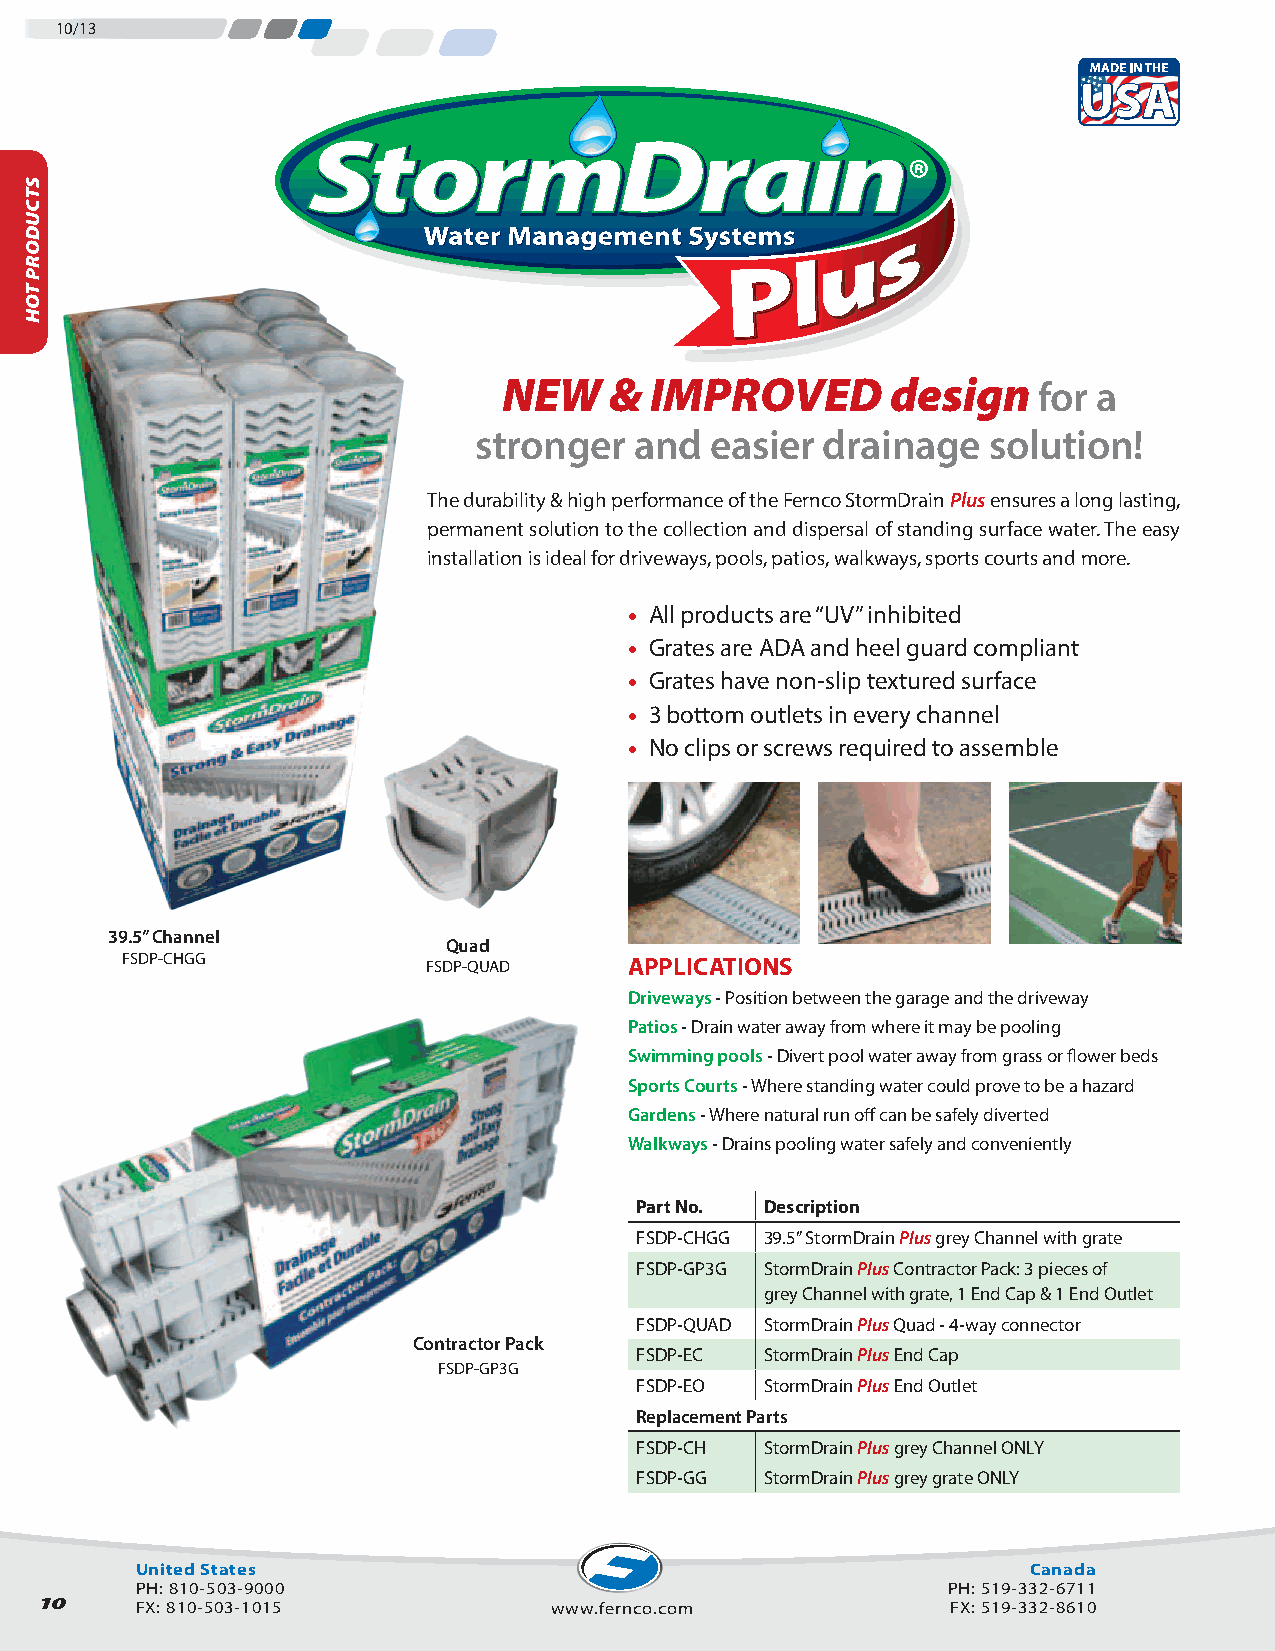
10/13
 NEW    &  IMPROVED        design    for a
 stronger   and  easier drainage   solution!
 The durability & high performance of the Fernco StormDrain Plus ensures a long lasting,
 permanent solution to the collection and dispersal of standing surface water. The easy
 installation is ideal for driveways, pools, patios, walkways, sports courts and more.
 • All products are “UV” inhibited
 • Grates are ADA and heel guard compliant
 • Grates have non-slip textured surface
 • 3 bottom outlets in every channel
 • No clips or screws required to assemble
 39.5” Channel
 Quad
 FSDP-CHGG           FSDP-QUAD     APPLICATIONS
 Driveways - Position between the garage and the driveway
 Patios - Drain water away from where it may be pooling
 Swimming pools - Divert pool water away from grass or flower beds
 Sports Courts - Where standing water could prove to be a hazard
 Gardens - Where natural run off can be safely diverted
 Walkways - Drains pooling water safely and conveniently
 Part No. Description
 FSDP-CHGG 39.5” StormDrain Plus grey Channel with grate
 FSDP-GP3G StormDrain Plus Contractor Pack: 3 pieces of
 grey Channel with grate, 1 End Cap & 1 End Outlet
 FSDP-QUAD StormDrain Plus Quad - 4-way connector
 Contractor Pack
 FSDP-EC  StormDrain Plus End Cap
 FSDP-GP3G
 FSDP-EO  StormDrain Plus End Outlet
 Replacement Parts
 FSDP-CH  StormDrain Plus grey Channel ONLY
 FSDP-GG  StormDrain Plus grey grate ONLY
 United States                                              Canada
 PH: 810-503-9000                                      PH: 519-332-6711
 10     FX: 810-503-1015            www.fernco.com            FX: 519-332-8610
 SSTTCCUUDDOORRPP
 WTOEHN